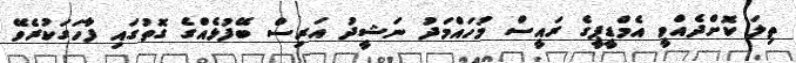
ތިލަ ކޮށްދެއްވީ އެމްޑީޕީގެ ރައީސް މުހައްމަދު ނަޝީދު އަރިސް ބޭފުޅެއްގެ ގޮތުގައި ފާހަގަކުރެވޭ